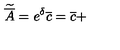
\widetilde { \overline { { A } } } = e ^ { \delta } \overline { { c } } = \overline { { c } } +